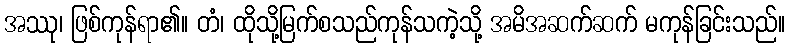
အဿု၊ ဖြစ်ကုန်ရာ၏။ တံ၊ ထိုသို့မြက်စသည်ကုန်သကဲ့သို့ အမိအဆက်ဆက် မကုန်ခြင်းသည်။